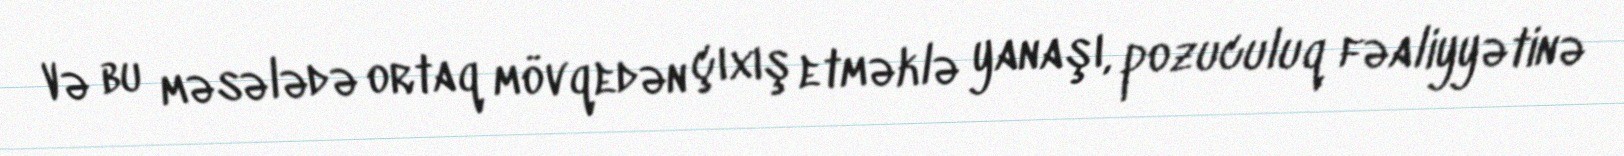
Və bu məsələdə ortaq mövqedən çıxış etməklə yanaşı, pozuculuq fəaliyyətinə